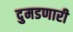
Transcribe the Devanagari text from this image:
दुमडणारी